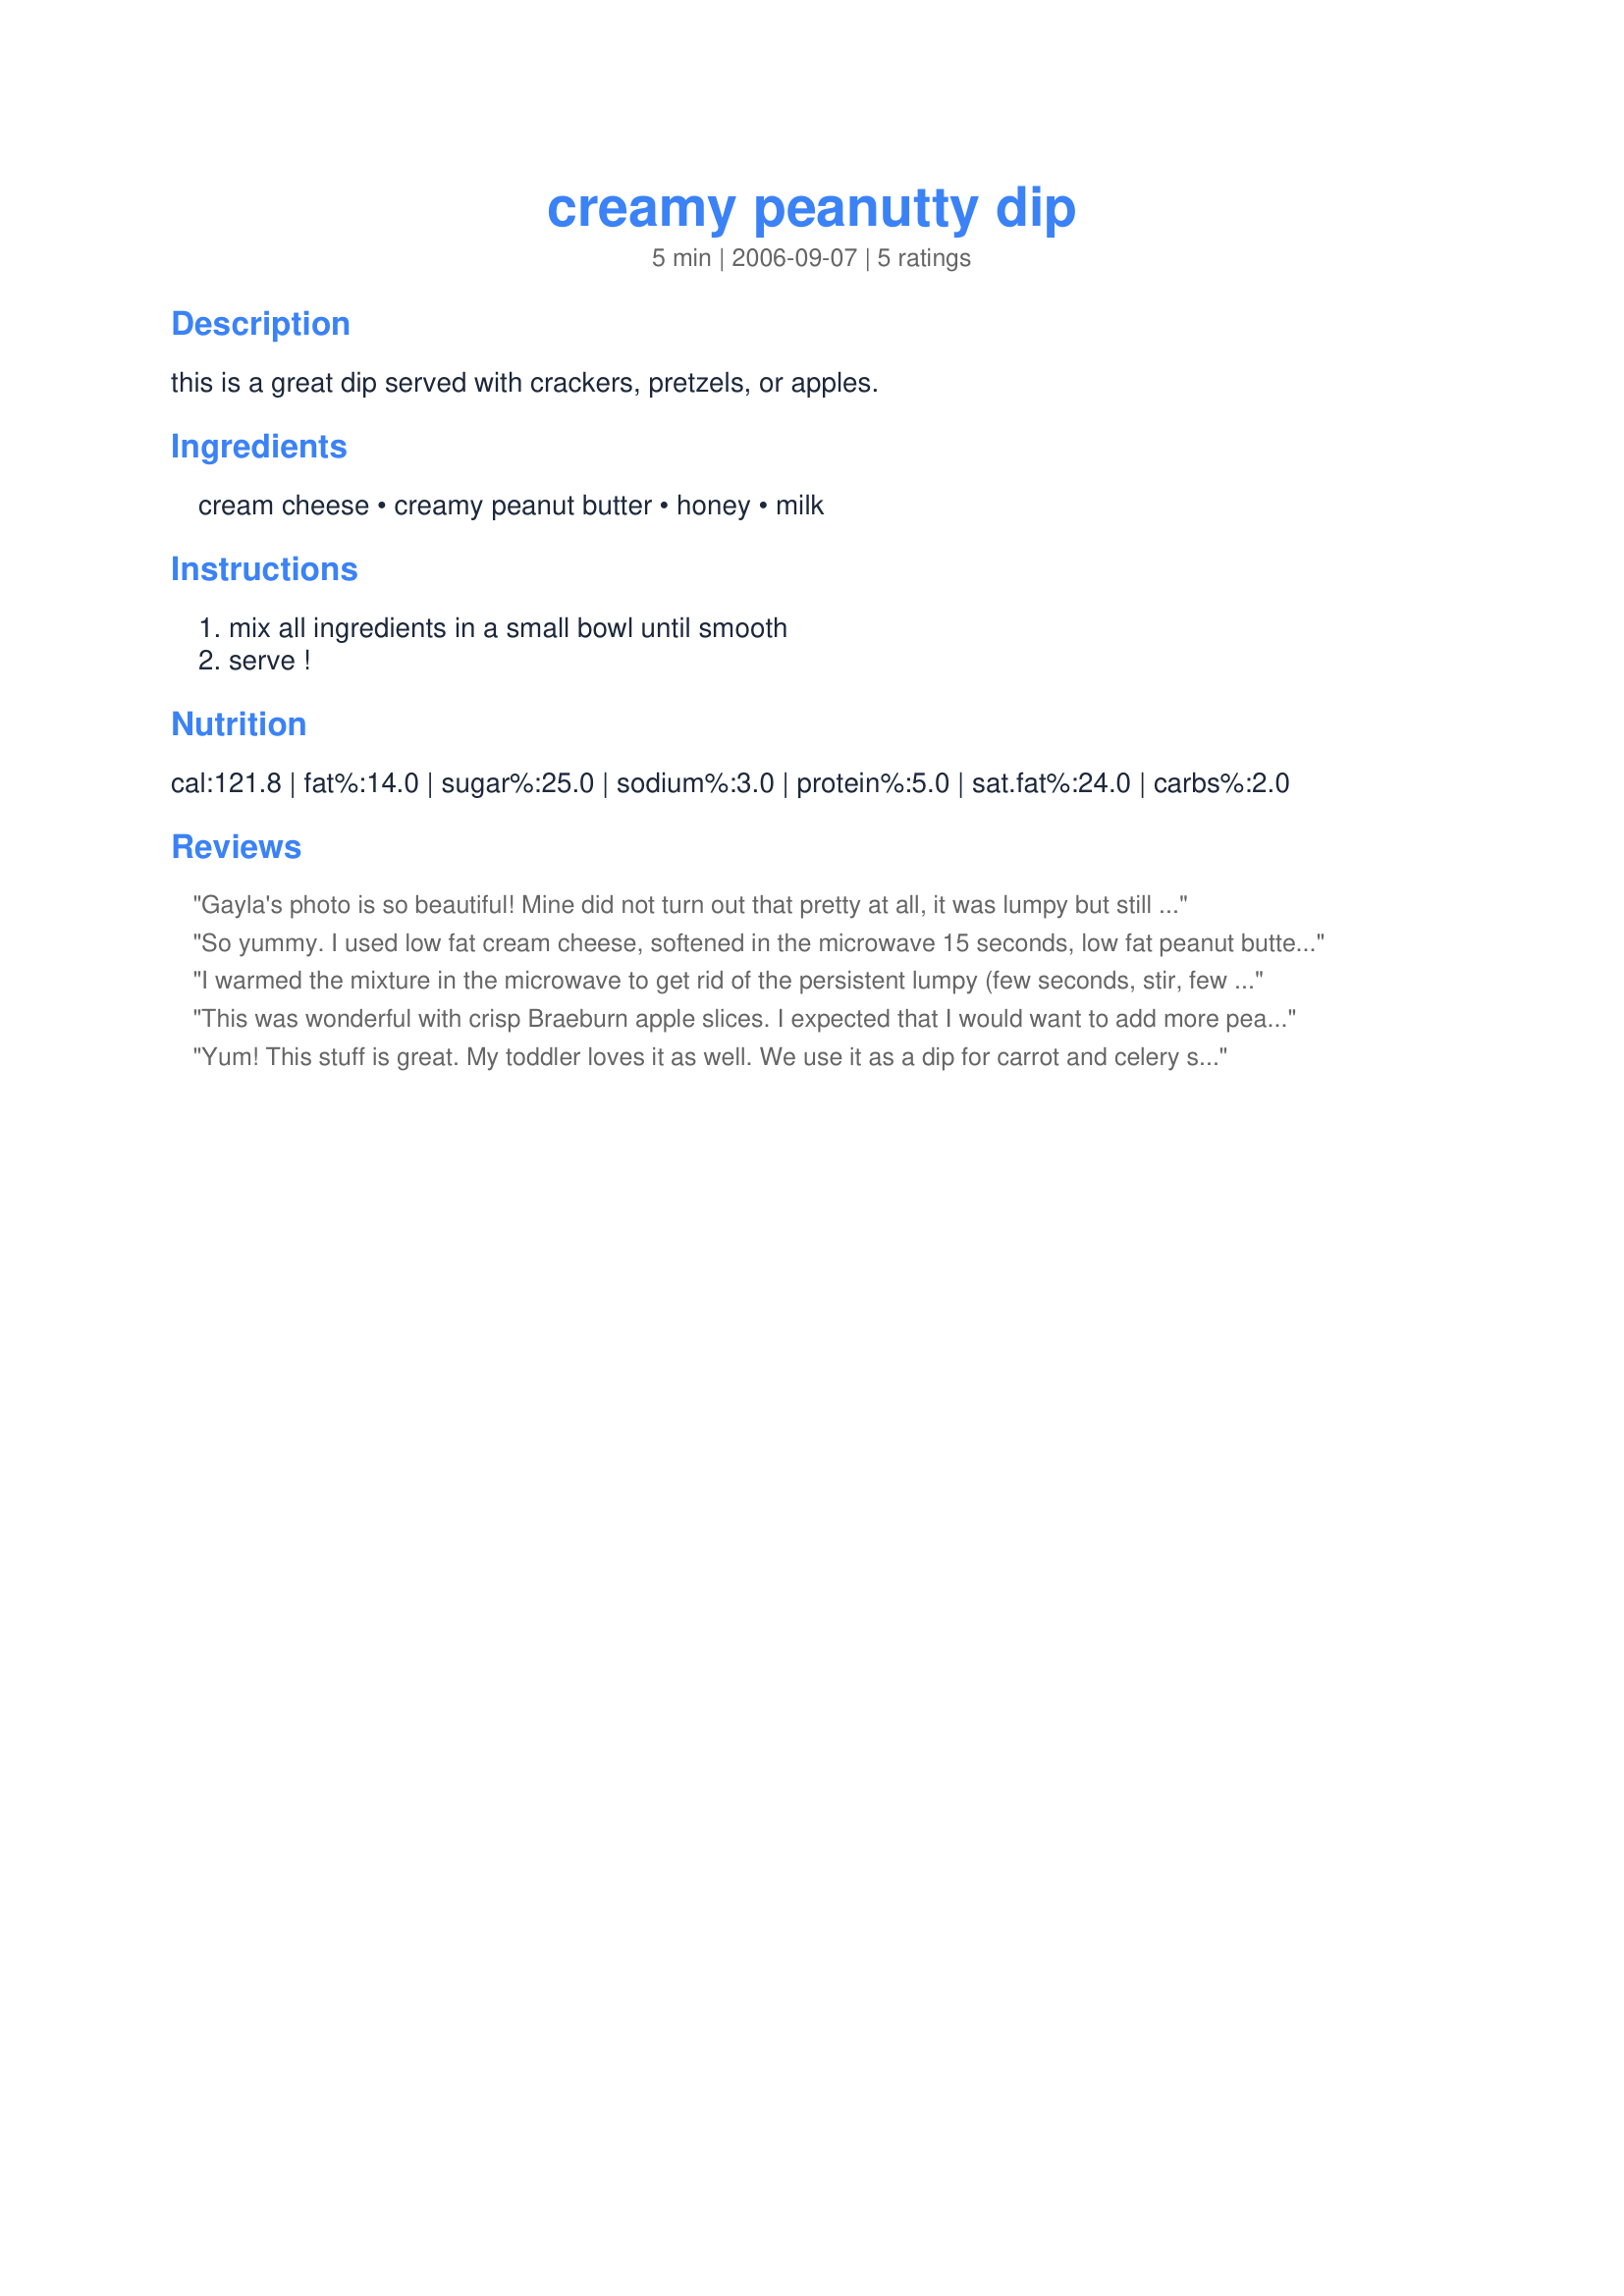
creamy peanutty dip
Preparation time: 5 minutes

this is a great dip served with crackers, pretzels, or apples.

Ingredients:
cream cheese, creamy peanut butter, honey, milk

Steps:
mix all ingredients in a small bowl until smooth, serve !

Reviews:
Gayla's photo is so beautiful! Mine did not turn out that pretty at all, it was lumpy but still very tasty. Next time I'd use a food processor. I saw that Gayla had posted in the PAC thread that she made this, and decided I wanted it as part of our appetizer dinner tonight. Easy to make with ingredients I always have. Used fat free cream cheese and skim milk and we dipped apples into it. Yum.
So yummy. I used low fat cream cheese, softened in the microwave 15 seconds, low fat peanut butter and skim milk. Delicious on mini honey-flavor Breton crackers. A little sweet, a little tangy.
I warmed the mixture in the microwave to get rid of the persistent lumpy (few seconds, stir, few seconds, etc). Flavor was wonderful.
This was wonderful with crisp Braeburn apple slices. I expected that I would want to add more peanut butter after I tasted it, but it was just right. I used fat-free cream cheese and used an immersion blender to mix the ingredients well. Chose this recipe for the Pick A Chef game--thanks for posting!
Yum! This stuff is great. My toddler loves it as well. We use it as a dip for carrot and celery sticks. I use soymilk and low-fat cream cheese. I've already made it several times, it's heavenly. Thanks for the recipe idea!
